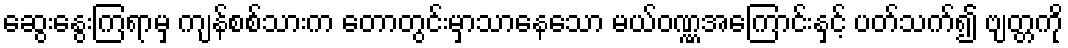
ဆွေးနွေးကြရာမှ ကျန်စစ်သားက တောတွင်းမှာသာနေသော မယ်ဝဏ္ဏအကြောင်းနှင့် ပတ်သက်၍ ဗျတ္တကို